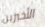
الأخيرين